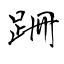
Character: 跚